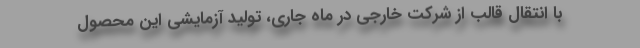
با انتقال قالب از شرکت خارجی در ماه جاری، تولید آزمایشی این محصول